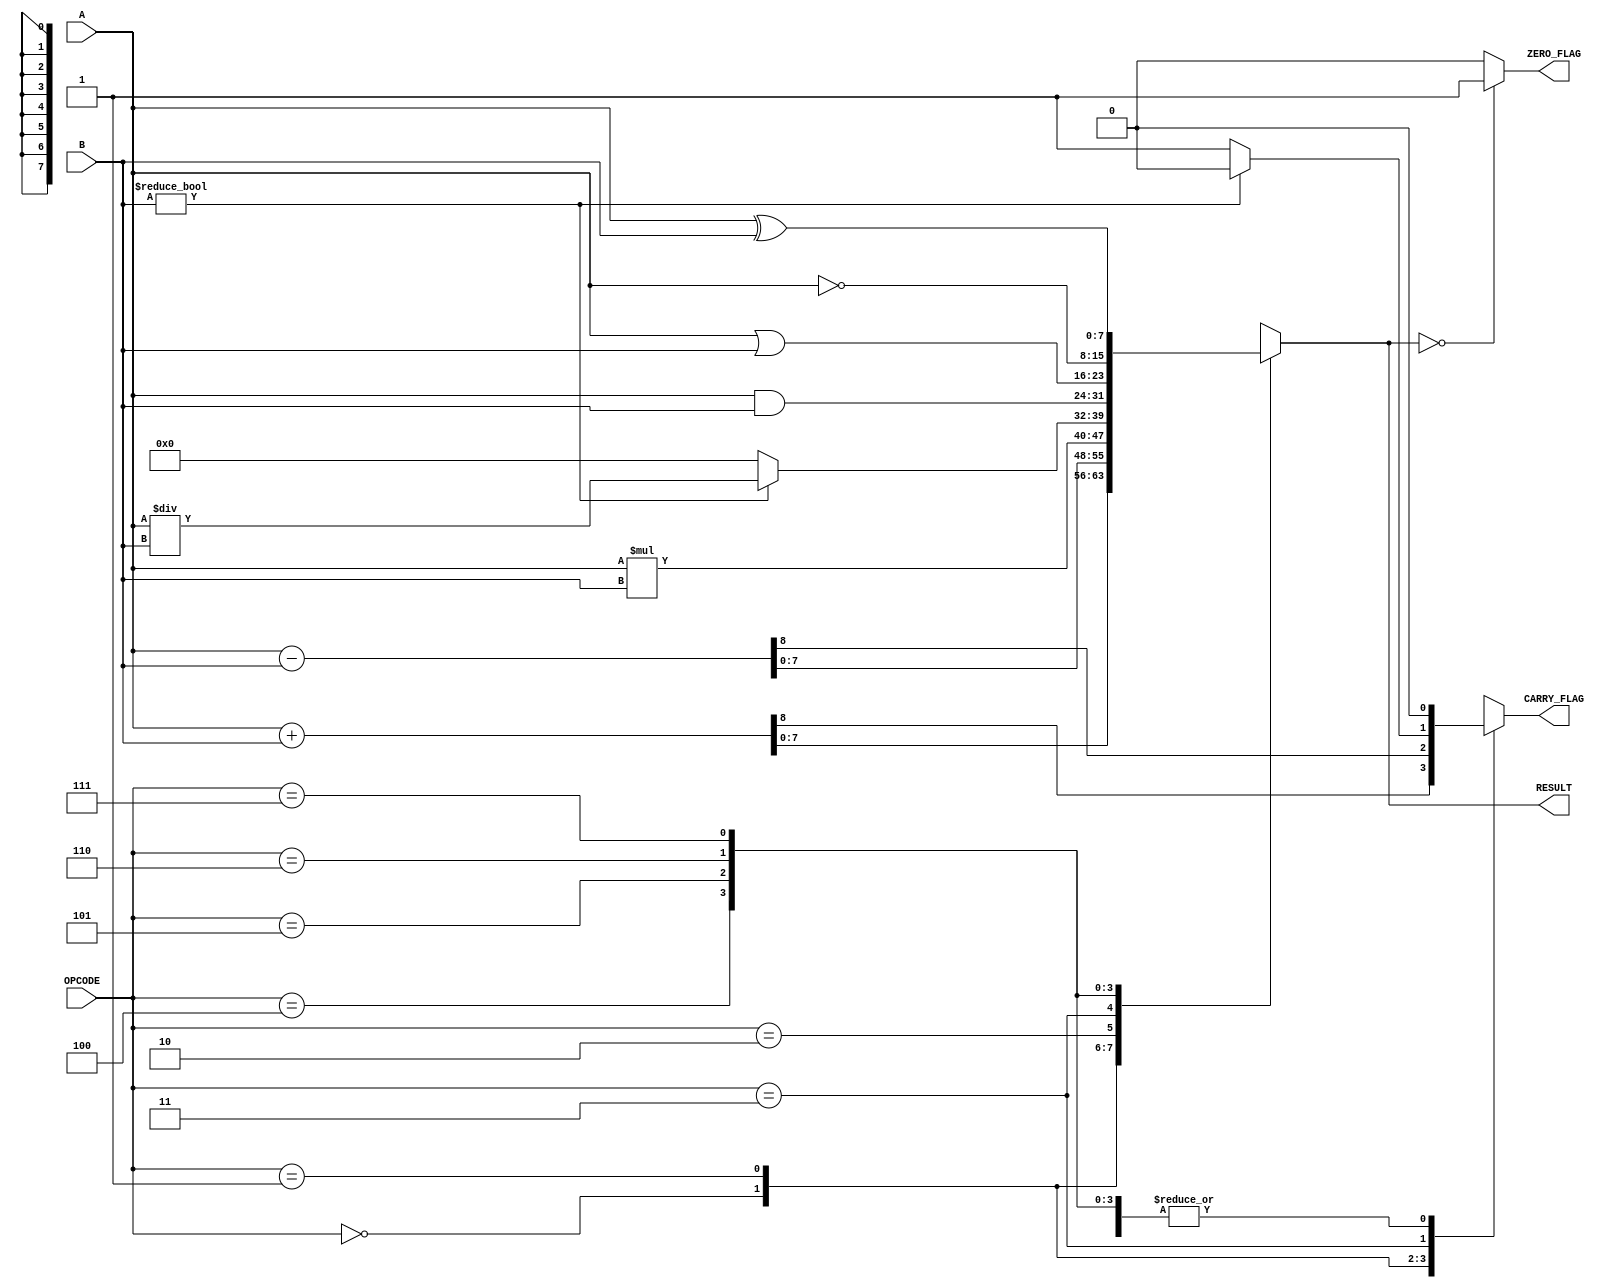
module ParameterizedALU #(
    parameter DATA_WIDTH = 8,         // Width of the input/output data
    parameter OPERATION_COUNT = 8      // Number of operations supported
)(
    input  [DATA_WIDTH-1:0] A,        // First operand
    input  [DATA_WIDTH-1:0] B,        // Second operand
    input  [log2(OPERATION_COUNT)-1:0] OPCODE, // Operation code to select operation
    output reg [DATA_WIDTH-1:0] RESULT, // Result of the operation
    output reg ZERO_FLAG,              // Zero flag
    output reg CARRY_FLAG              // Carry flag
);

    // Function to calculate the log base 2
    function integer log2(input integer value);
        begin
            log2 = 0;
            while (2**log2 < value) begin
                log2 = log2 + 1;
            end
        end
    endfunction

    // Operations
    always @(*) begin
        case (OPCODE)
            0: begin // Addition
                {CARRY_FLAG, RESULT} = A + B;
            end
            1: begin // Subtraction
                {CARRY_FLAG, RESULT} = A - B;
            end
            2: begin // Multiplication
                RESULT = A * B;
                CARRY_FLAG = 0; // No carry for multiplication
            end
            3: begin // Division
                if (B != 0) begin
                    RESULT = A / B;
                    CARRY_FLAG = 0; // No carry for division
                end else begin
                    RESULT = 0; // Handle division by zero
                    CARRY_FLAG = 1; // Set carry as indication of division by zero
                end
            end
            4: begin // AND
                RESULT = A & B;
                CARRY_FLAG = 0; // No carry for logical operations
            end
            5: begin // OR
                RESULT = A | B;
                CARRY_FLAG = 0; // No carry for logical operations
            end
            6: begin // NOT (A)
                RESULT = ~A;
                CARRY_FLAG = 0; // No carry for logical operations
            end
            7: begin // XOR
                RESULT = A ^ B;
                CARRY_FLAG = 0; // No carry for logical operations
            end
            default: begin // Default case 
                RESULT = 0;
                CARRY_FLAG = 0; // No carry for default case
            end
        endcase

        // Setting the ZERO_FLAG
        ZERO_FLAG = (RESULT == 0) ? 1'b1 : 1'b0;
    end
endmodule